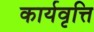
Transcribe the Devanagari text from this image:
कार्यवृत्ति